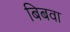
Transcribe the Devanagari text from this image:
बिबवा